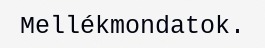
Mellékmondatok.